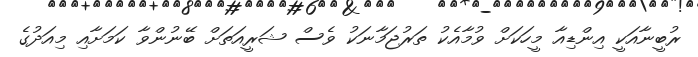
ރުބީނާއަކީ އިންޑިއާ މީހަކަށް ވުމާއެކު ތަރުޖަމާނަކު ވެސް ޝަރީއަތަށް ބޭނުންވާ ކަމަށާއި މިއަދުގެ